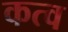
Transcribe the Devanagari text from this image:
कत्व